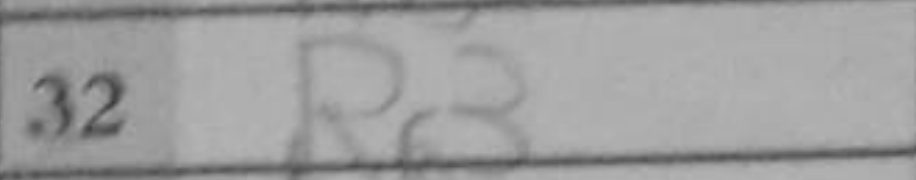
Transcription: Rc3